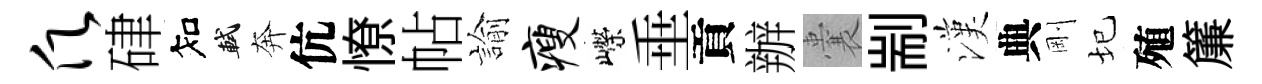
愿硉知軾奔伉憭帖諭瘦嶸垂貢辦囊剬漢典剛圮殖簾